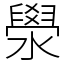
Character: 澩